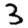
Digit: 3